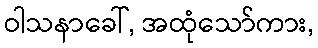
ဝါသနာခေါ်, အထုံသော်ကား,